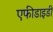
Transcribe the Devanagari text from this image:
एफीडाइडी